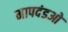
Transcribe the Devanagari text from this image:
मापदंडओ